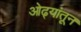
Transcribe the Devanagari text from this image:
ओढ्यांतून